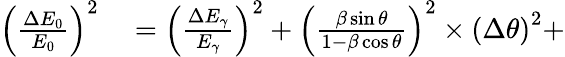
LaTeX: \begin{array}{rl}{\left(\frac{\Delta{E_{0}}}{E_{0}}\right)^{2}}&{{}=\left(\frac{\Delta E_{\gamma}}{E_{\gamma}}\right)^{2}+\left(\frac{\beta\sin\theta}{1-\beta\cos\theta}\right)^{2}\times\left(\Delta\theta\right)^{2}+}\end{array}